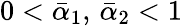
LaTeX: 0<\bar{\alpha}_{1},\, \bar{\alpha}_{2}<1